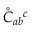
\mathring { C } _ { a b } { } ^ { c }